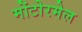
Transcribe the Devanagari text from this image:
मोंटोरमेल